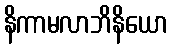
နိကာမလာဘိနိယော